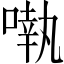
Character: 𠽃